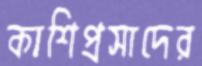
কাশিপ্রসাদের